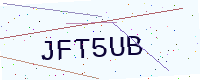
Text: JFT5UB